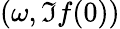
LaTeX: (\omega,\Im f(0))